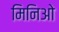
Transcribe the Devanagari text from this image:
मिनिओ